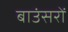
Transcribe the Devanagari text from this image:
बाउंसरों